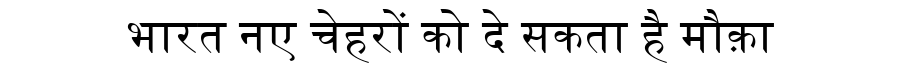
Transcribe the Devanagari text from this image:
भारत नए चेहरों को दे सकता है मौक़ा